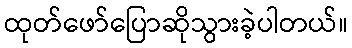
ထုတ်ဖော်ပြောဆိုသွားခဲ့ပါတယ်။